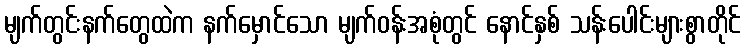
မျက်တွင်းနက်တွေထဲက နက်မှောင်သော မျက်ဝန်းအစုံတွင် နောင်နှစ် သန်းပေါင်းများစွာတိုင်